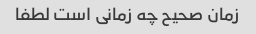
زمان صحیح چه زمانی است لطفا